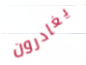
يغادرون